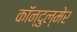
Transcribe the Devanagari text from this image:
कॉन्दुल्मेर